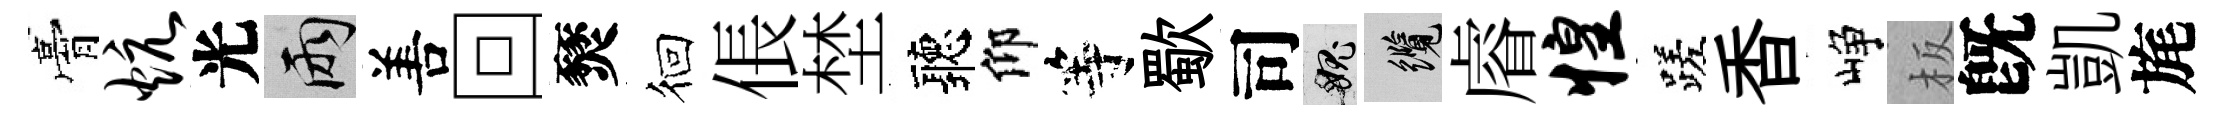
膏炕光兩𠵊回燹徊倀埜聽仰等歜司愧纜𥈠惶蹉香峥板旣凱旄